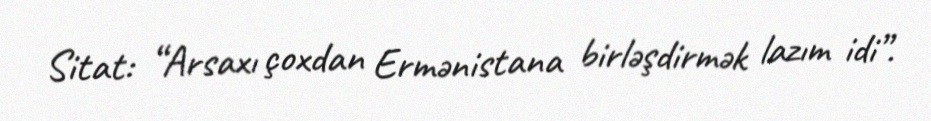
Sitat: “Arsaxı çoxdan Ermənistana birləşdirmək lazım idi”.